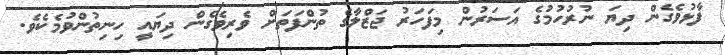
ފާޅުވެގެން ދިޔަ ނުރުހުމުގެ އަސަރުން މިފަހަރު ޖަޒްލާގެ ތުންފަތަށް ވެރިވެގެން ދިޔައީ ހިނިތުންވުމެކެވެ.